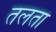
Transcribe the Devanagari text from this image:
तलता